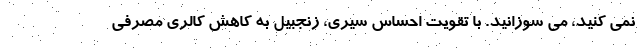
نمی کنید، می سوزانید. با تقویت احساس سیری، زنجبیل به کاهش کالری مصرفی